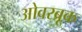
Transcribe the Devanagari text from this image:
ओवरब्रूक